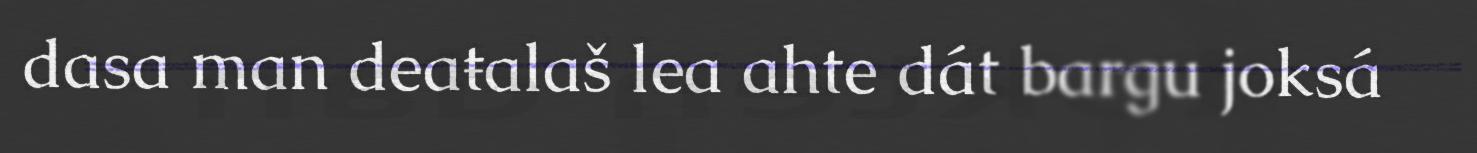
dasa man deaŧalaš lea ahte dát bargu joksá